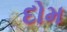
દોમ